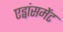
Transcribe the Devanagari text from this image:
एड्वांसमेंट